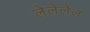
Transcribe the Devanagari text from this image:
लेलेलेल